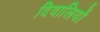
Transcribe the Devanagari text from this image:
दिवालियों